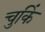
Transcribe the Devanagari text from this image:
चुकिं